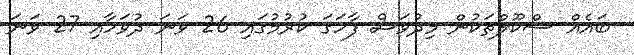
ބައެއް ސްކޫލްތަކުން މިދުވަސް ފާހަގަ ކުރުމުގައި 26 ވަނަ ދުވަހާއި 27 ވަނަ